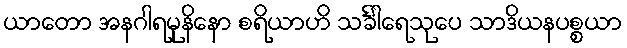
ယာတော အနဂါရမုနိနော စရိယာဟိ သင်္ခါရေသုပေ သာဒိယနပစ္စယာ